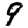
Digit: 9